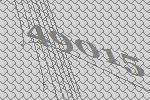
49015